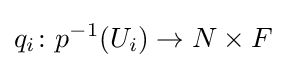
q_{i}\colon p^{-1}(U_{i})\to N\times F